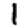
Digit: 1